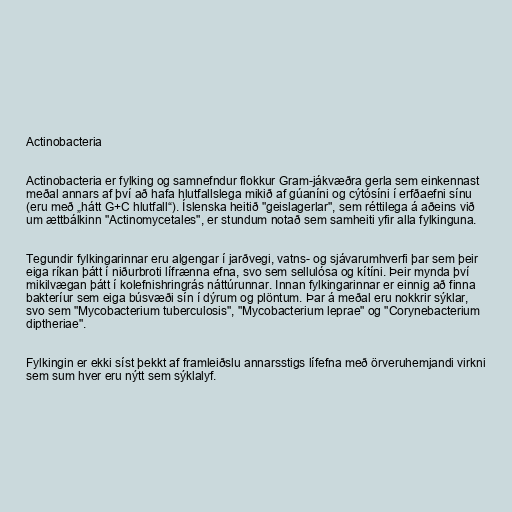
Actinobacteria

Actinobacteria er fylking og samnefndur flokkur Gram-jákvæðra gerla sem einkennast
meðal annars af því að hafa hlutfallslega mikið af gúaníni og cýtósíni í erfðaefni sínu
(eru með „hátt G+C hlutfall“). Íslenska heitið "geislagerlar", sem réttilega á aðeins við
um ættbálkinn "Actinomycetales", er stundum notað sem samheiti yfir alla fylkinguna.

Tegundir fylkingarinnar eru algengar í jarðvegi, vatns- og sjávarumhverfi þar sem þeir
eiga ríkan þátt í niðurbroti lífrænna efna, svo sem sellulósa og kítíni. Þeir mynda því
mikilvægan þátt í kolefnishringrás náttúrunnar. Innan fylkingarinnar er einnig að finna
bakteríur sem eiga búsvæði sín í dýrum og plöntum. Þar á meðal eru nokkrir sýklar,
svo sem "Mycobacterium tuberculosis", "Mycobacterium leprae" og "Corynebacterium
diptheriae".

Fylkingin er ekki síst þekkt af framleiðslu annarsstigs lífefna með örveruhemjandi virkni
sem sum hver eru nýtt sem sýklalyf.